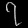
Digit: ၇